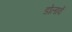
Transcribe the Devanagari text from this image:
डोलावें